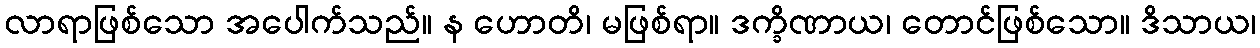
လာရာဖြစ်သော အပေါက်သည်။ န ဟောတိ၊ မဖြစ်ရာ။ ဒက္ခိဏာယ၊ တောင်ဖြစ်သော။ ဒိသာယ၊